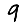
Digit: 9